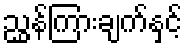
ညွှန်ကြားချက်နှင့်